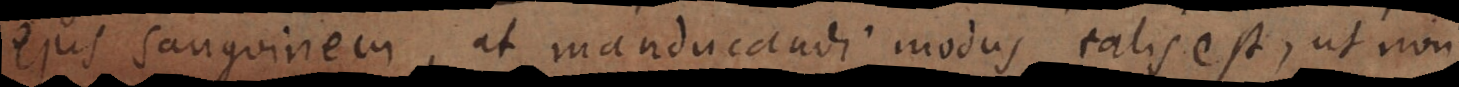
ejus sanguinem, at manducandi modus talis est, ut non